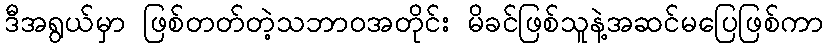
ဒီအရွယ်မှာ ဖြစ်တတ်တဲ့သဘာဝအတိုင်း မိခင်ဖြစ်သူနဲ့အဆင်မပြေဖြစ်ကာ